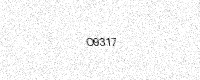
Text: O9317